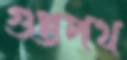
গুপ্তপথ